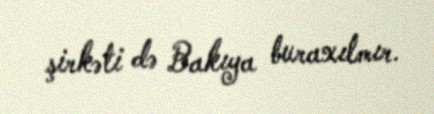
şirkəti də Bakıya buraxılmır.